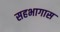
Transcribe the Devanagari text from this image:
सहभागास